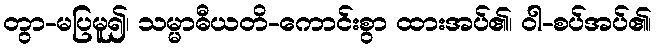
တွာ-မပြမူ၍၊ သမ္မာဓီယတိ-ကောင်းစွာ ထားအပ်၏၊ ဝါ-စပ်အပ်၏၊